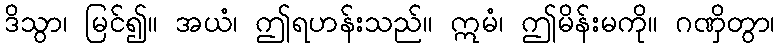
ဒိသွာ၊ မြင်၍။ အယံ၊ ဤရဟန်းသည်။ ဣမံ၊ ဤမိန်းမကို။ ဂဏှိတွာ၊